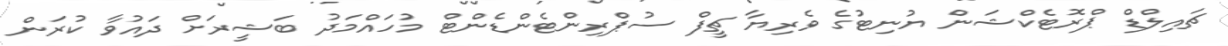
ޗައިލްޑް ޕްރޮޓެކްޝަން ޔުނިޓުގެ ވެރިޔާ ޗީފް ސުޕްރިންޓެންޑެންޓް މުހައްމަދު ބަޝީރަށް ދައުވާ ކުރަން